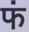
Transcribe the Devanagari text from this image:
फं